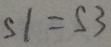
S 1 = S 3